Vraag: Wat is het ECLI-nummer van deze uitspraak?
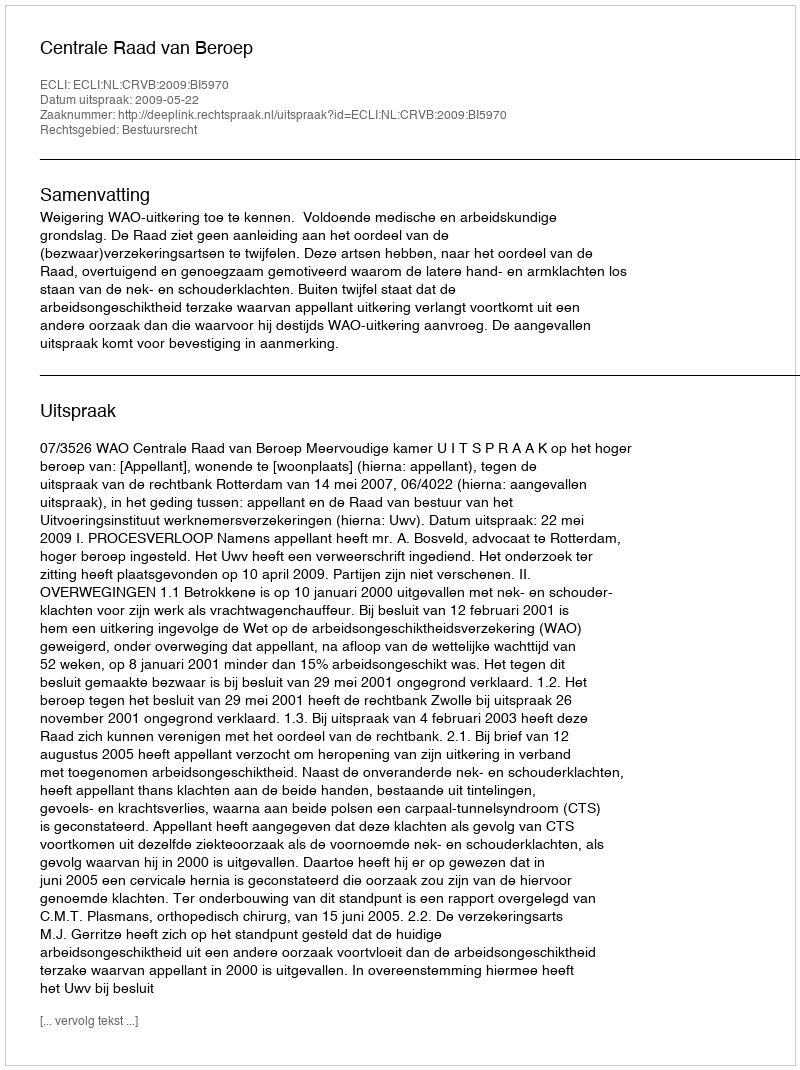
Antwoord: ECLI:NL:CRVB:2009:BI5970